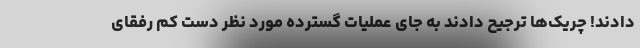
دادند! چریک‌ها ترجیح دادند به جای عملیات گسترده مورد نظر دست کم رفقای